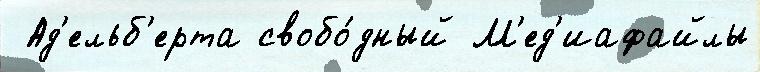
 Ад'ельб'ерта свобо́дный М'ед'иафайлы